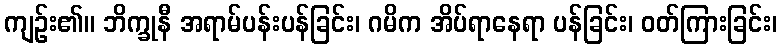
ကျဉ်း၏။ ဘိက္ခုနီ အရာမ်ပန်းပန်ခြင်း၊ ဂမိက အိပ်ရာနေရာ ပန်ခြင်း၊ ဝတ်ကြားခြင်း၊